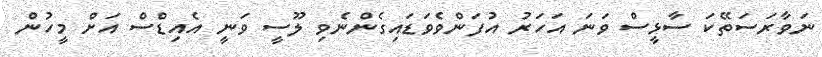
ނަވާރަސަތޭކަ ސާޅީސް ވަނަ އަހަރު އުފަންވެވަޑައިގެންނެވި ލޫސީ ވަނީ އެއިޑްސް އަށް މީހުން